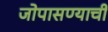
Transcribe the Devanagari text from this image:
जोपासण्याची